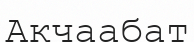
Акчаабат